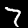
Digit: 7